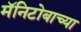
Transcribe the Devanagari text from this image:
मॅनिटोबाच्या